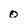
Character: 0